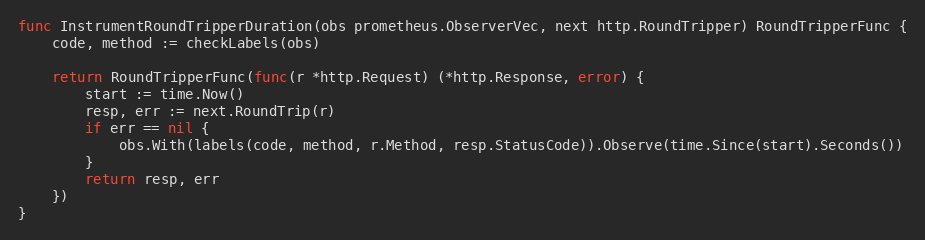
Language: Go
func InstrumentRoundTripperDuration(obs prometheus.ObserverVec, next http.RoundTripper) RoundTripperFunc {
	code, method := checkLabels(obs)

	return RoundTripperFunc(func(r *http.Request) (*http.Response, error) {
		start := time.Now()
		resp, err := next.RoundTrip(r)
		if err == nil {
			obs.With(labels(code, method, r.Method, resp.StatusCode)).Observe(time.Since(start).Seconds())
		}
		return resp, err
	})
}